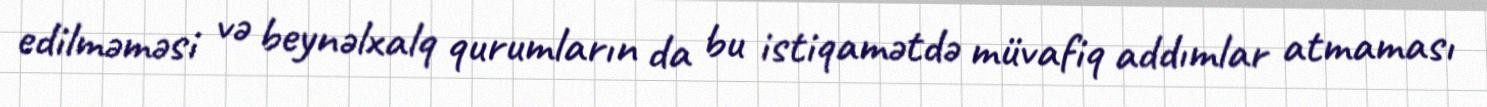
edilməməsi və beynəlxalq qurumların da bu istiqamətdə müvafiq addımlar atmaması